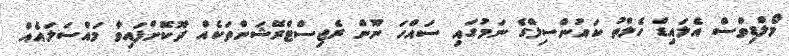
މޯލްޑިވްސް އެލައިޑް ހެލްތު ކައުންސިލްގެ ނަމުގައި ސައްހަ ނޫން ރެޖިސްޓްރޭޝަންތަކެއް ދޫކޮށްފައިވާ މައްސަލައެއް